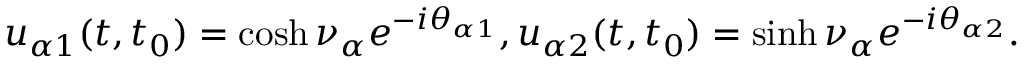
u _ { \alpha 1 } ( t , t _ { 0 } ) = \cosh \nu _ { \alpha } e ^ { - i \theta _ { \alpha 1 } } , u _ { \alpha 2 } ( t , t _ { 0 } ) = \sinh \nu _ { \alpha } e ^ { - i \theta _ { \alpha 2 } } .